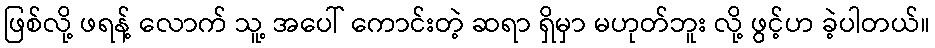
ဖြစ်လို့ ဖရန့် လောက် သူ့ အပေါ် ကောင်းတဲ့ ဆရာ ရှိမှာ မဟုတ်ဘူး လို့ ဖွင့်ဟ ခဲ့ပါတယ်။